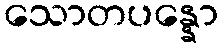
သောတပန္နော